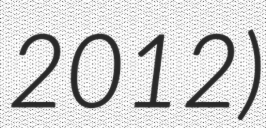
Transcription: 2012)